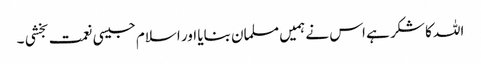
اللہ کا شکر ہے اس نے ہمیں مسلمان بنایا اور اسلام جیسی نعمت بخشی ۔